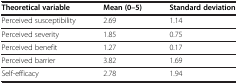
<table><thead><tr><td><b>Theoretical variable</b></td><td><b>Mean (0–5)</b></td><td><b>Standard deviation</b></td></tr></thead><tbody><tr><td>Perceived susceptibility</td><td>2.69</td><td>1.14</td></tr><tr><td>Perceived severity</td><td>1.85</td><td>0.75</td></tr><tr><td>Perceived benefit</td><td>1.27</td><td>0.17</td></tr><tr><td>Perceived barrier</td><td>3.82</td><td>1.69</td></tr><tr><td>Self-efficacy</td><td>2.78</td><td>1.94</td></tr></tbody></table>